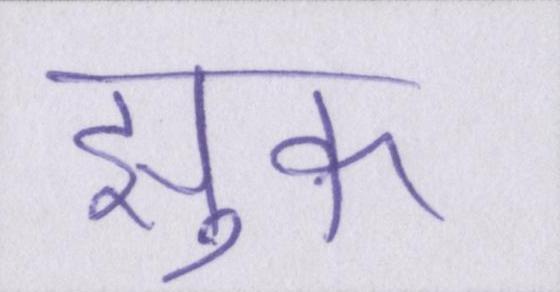
झुक